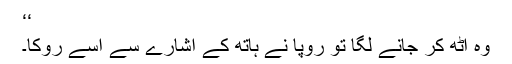
‘‘
وہ اُٹھ کر جانے لگا تو رُوپا نے ہاتھ کے اشارے سے اُسے روکا۔